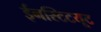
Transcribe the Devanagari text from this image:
ईनस्टिटयूट